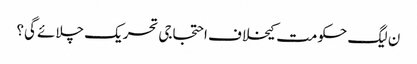
ن لیگ حکومت کیخلاف احتجاجی تحریک چلائے گی؟